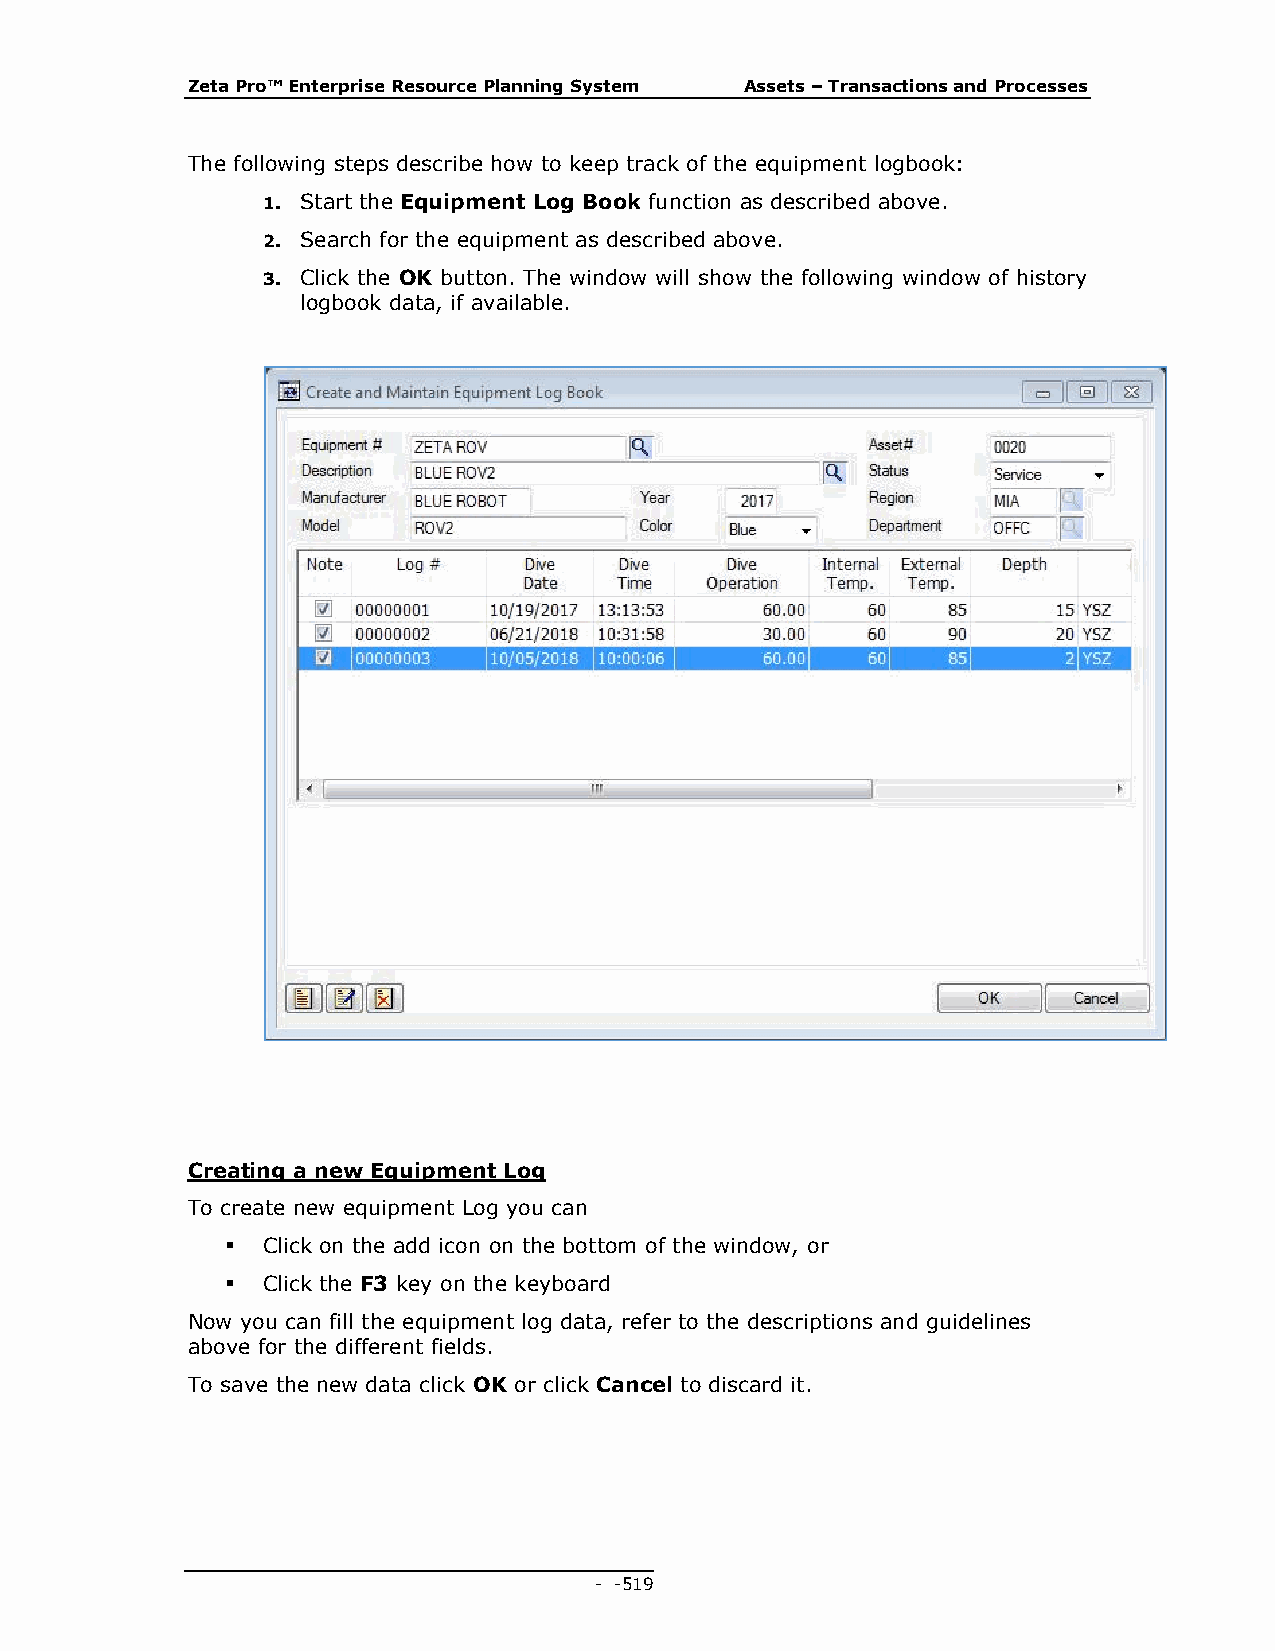
Zeta Pro™ Enterprise Resource Planning System Assets – Transactions and Processes
 The following steps describe how to keep track of the equipment logbook:
 1. Start the Equipment Log Book function as described above.
 2. Search for the equipment as described above.
 3. Click the OK button. The window will show the following window of history
 logbook data, if available.
 Creating a new Equipment Log
 To create new equipment Log you can
  Click on the add icon on the bottom of the window, or
  Click the F3 key on the keyboard
 Now you can fill the equipment log data, refer to the descriptions and guidelines
 above for the different fields.
 To save the new data click OK or click Cancel to discard it.
 - - 519